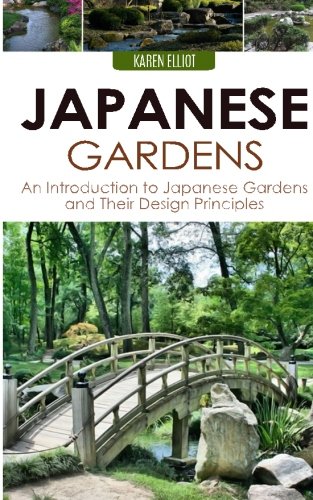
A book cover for Japanese Gardens: An Introduction to Japanese Gardens and Their Design Principles; Karen Elliot; Crafts, Hobbies & Home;